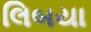
લિબયા